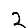
Digit: 2